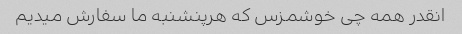
انقدر همه چی خوشمزس که هرپنشنبه ما سفارش میدیم